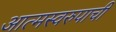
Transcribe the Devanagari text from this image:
आत्मस्वरुपाची